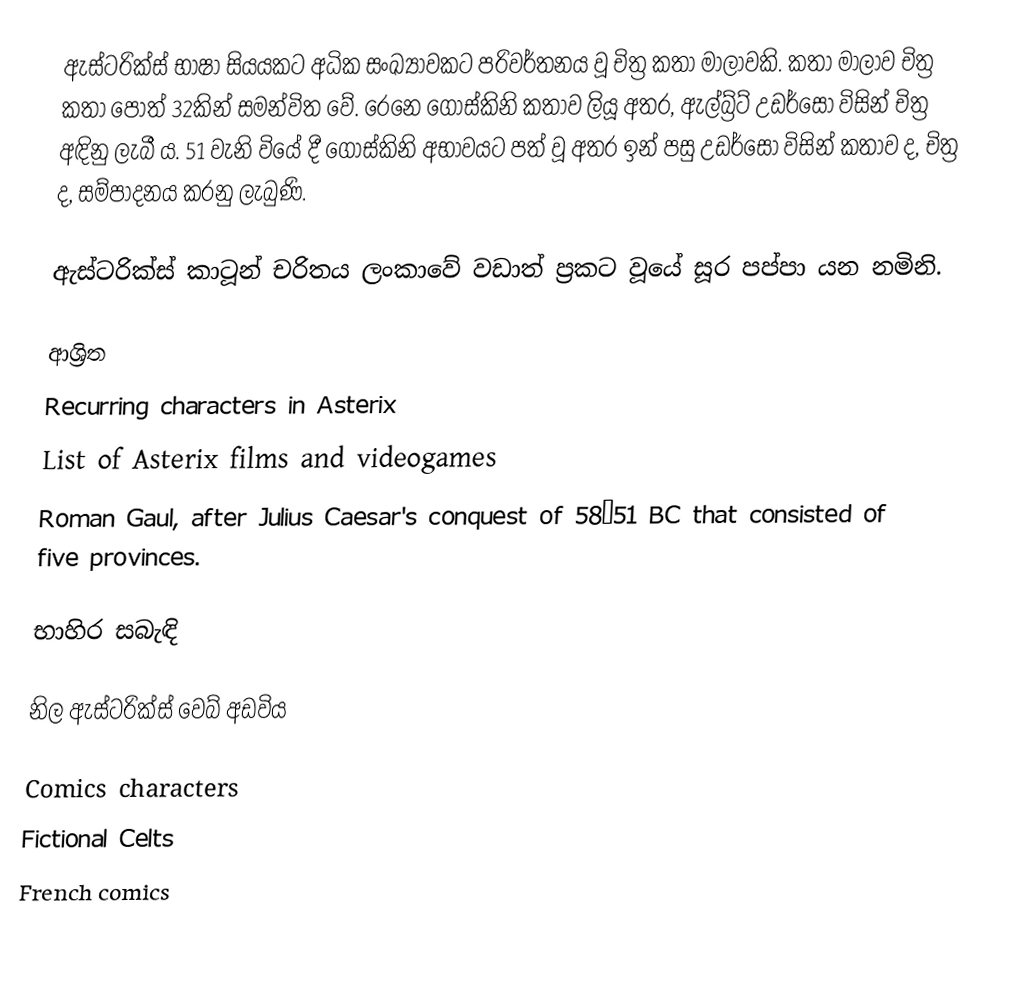
ඇස්ටරික්ස් භාෂා සියයකට අධික සංඛ්‍යාවකට පරිවර්තනය වූ චිත්‍ර කතා මාලාවකි. කතා මාලාව චිත්‍ර කතා පොත් 32කින් සමන්විත වේ. රෙනෙ ගොස්කිනි කතාව ලියූ අතර, ඇල්බ්‍ර්ට් උඩර්සෝ විසින් චිත්‍ර අඳිනු ලැබී ය​. 51 වැනි වියේ දී ගොස්කිනි අභාවයට පත් වූ අතර ඉන් පසු උඩර්සෝ විසින් කතාව ද, චිත්‍ර ද​, සම්පාදනය කරනු ලැබුණි.

ඇස්ටරික්ස් කාටූන් චරිතය ලංකාවේ වඩාත් ප්‍රකට වූයේ සූර පප්පා යන නමිනි.

ආශ්‍රිත
 Recurring characters in Asterix
 List of Asterix films and videogames
 Roman Gaul, after Julius Caesar's conquest of 58–51 BC that consisted of five provinces.

භාහිර සබැඳි

 නිල ඇස්ටරික්ස් වෙබ් අඩවිය

Comics characters
Fictional Celts
French comics